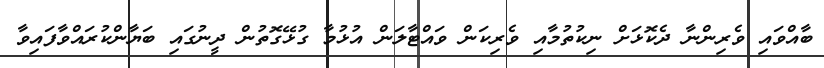
ބާއްވައި ވެރިންނާ ދެކޮޅަށް ނިކުތުމާއި ވެރިކަން ވައްޓާލަން އުޅުމާ ގުޅޭގޮތުން ދީނުގައި ބަޔާންކުރައްވާފައިވާ